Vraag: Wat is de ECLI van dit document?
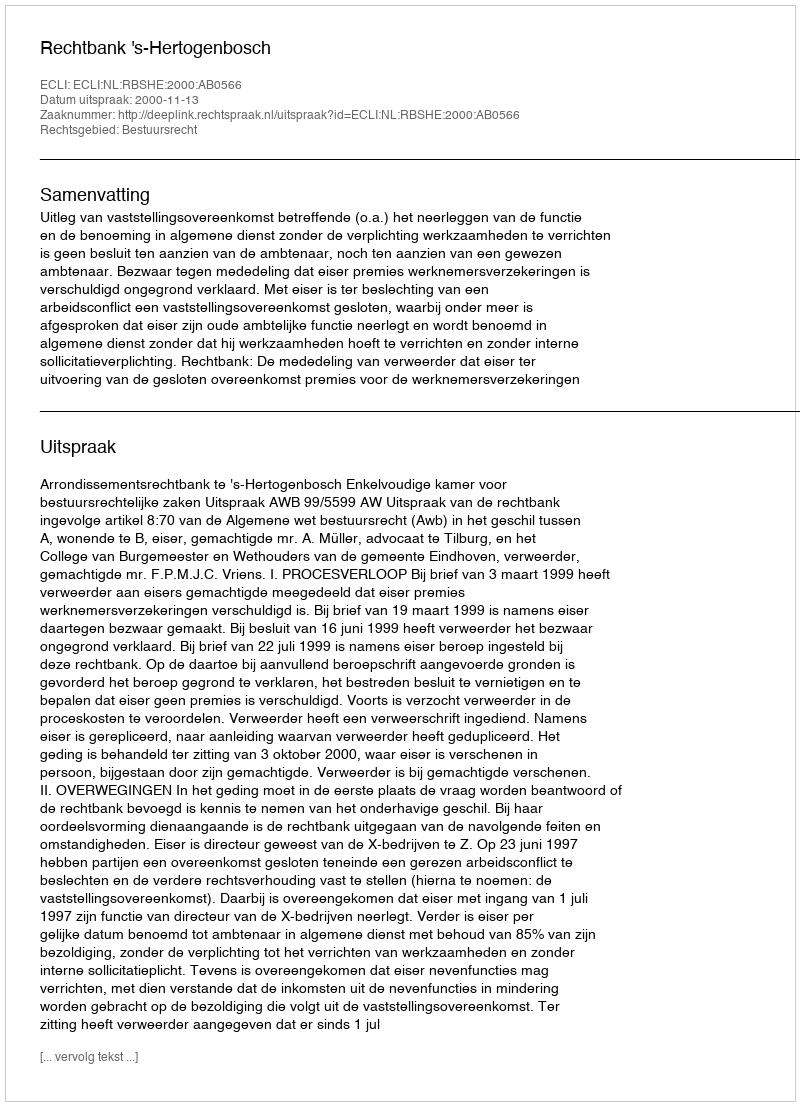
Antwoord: ECLI:NL:RBSHE:2000:AB0566